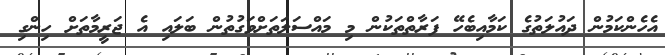
އެހެންކަމުން ދައުލަތުގެ ކަމާއިބެހޭ ފަރާތްތަކުން މި މައްސަލަތަށްވަގުތުން ބަލައި އެ ޖަރީމާތަށް ހިންގި